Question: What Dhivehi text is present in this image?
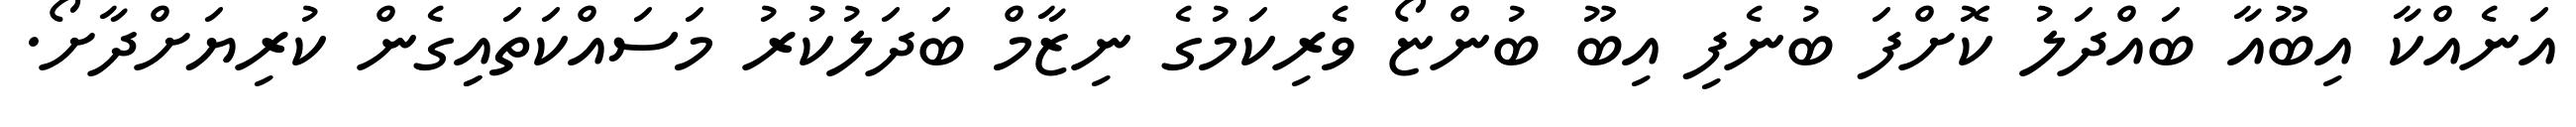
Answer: އަނެއްކާ އިބޫއާ ބައްދަލު ކޮށްފަ ބުނެފި އިބޫ ބުންޏޯ ވެރިކަމުގެ ނިޒާމް ބަދަލުކުރު މަސައްކަތައިިގެން ކުރިޔަށްދާށޯ.